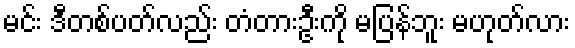
မင်း ဒီတစ်ပတ်လည်း တံတားဦးကို မပြန်ဘူး မဟုတ်လား